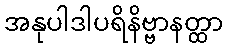
အနုပါဒါပရိနိဗ္ဗာနတ္ထာ